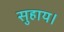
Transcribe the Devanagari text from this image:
सुहाय।